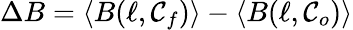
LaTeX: \Delta B=\langle B(\ell,\mathcal{C}_{f})\rangle-\langle B(\ell,\mathcal{C}_{o})\rangle